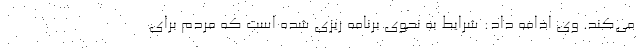
می‌کند. وی ادامه داد: شرایط به نحوی برنامه ریزی شده است که مردم برای